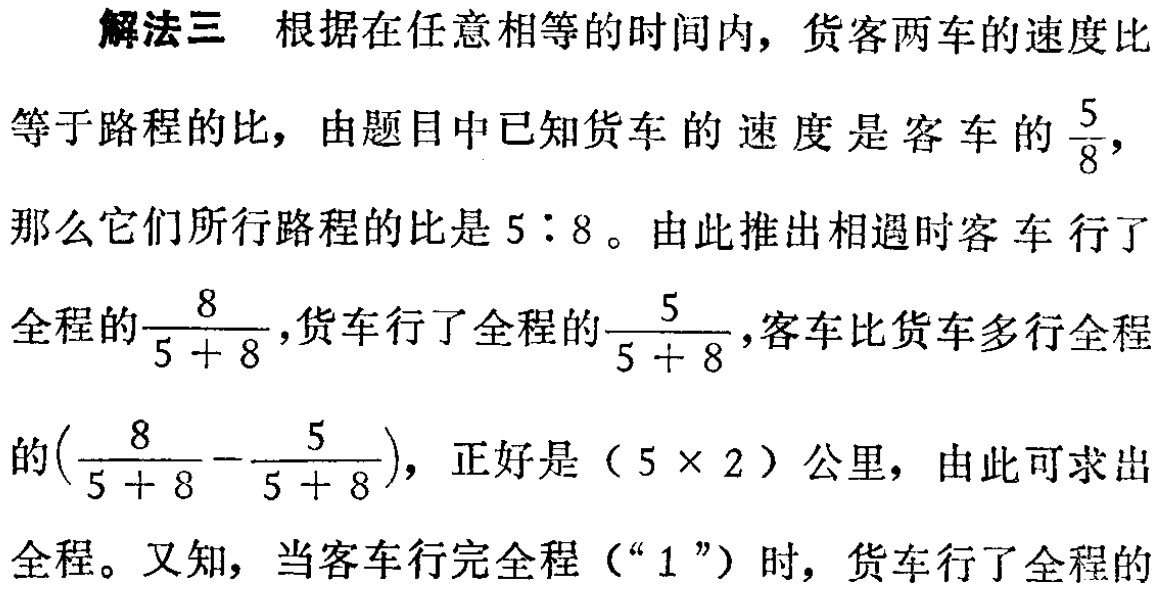
解法三 根据在任意相等的时间内，货客两车的速度比

等于路程的比，由题目中已知货车的速度是客车的$\frac{5}{8}$，

那么它们所行路程的比是$5:8$。由此推出相遇时客车行了

全程的$\frac{8}{5 + 8}$，货车行了全程的$\frac{5}{5 + 8}$，客车比货车多行全程

的$(\frac{8}{5 + 8}-\frac{5}{5 + 8})$，正好是$(5\times 2)$公里，由此可求出

全程。又知，当客车行完全程（“$1$”）时，货车行了全程的